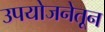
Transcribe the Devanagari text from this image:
उपयोजनेतून